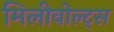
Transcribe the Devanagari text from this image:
मिलीवोल्ट्स